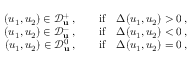
\begin{array} { r } { ( u _ { 1 } , u _ { 2 } ) \in \mathcal { D } _ { \mathbf { u } } ^ { + } \, , \qquad \mathrm { i f } \quad \Delta ( u _ { 1 } , u _ { 2 } ) > 0 \, , } \\ { ( u _ { 1 } , u _ { 2 } ) \in \mathcal { D } _ { \mathbf { u } } ^ { - } \, , \qquad \mathrm { i f } \quad \Delta ( u _ { 1 } , u _ { 2 } ) < 0 \, , } \\ { ( u _ { 1 } , u _ { 2 } ) \in \mathcal { D } _ { \mathbf { u } } ^ { 0 } \, , \qquad \mathrm { i f } \quad \Delta ( u _ { 1 } , u _ { 2 } ) = 0 \, , } \end{array}